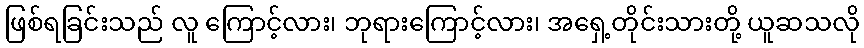
ဖြစ်ရခြင်းသည် လူ ကြောင့်လား၊ ဘုရားကြောင့်လား၊ အရှေ့တိုင်းသားတို့ ယူဆသလို